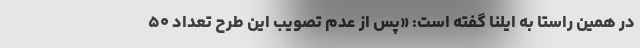
در همین راستا به ایلنا گفته است: «پس از عدم تصویب این طرح تعداد ۵۰